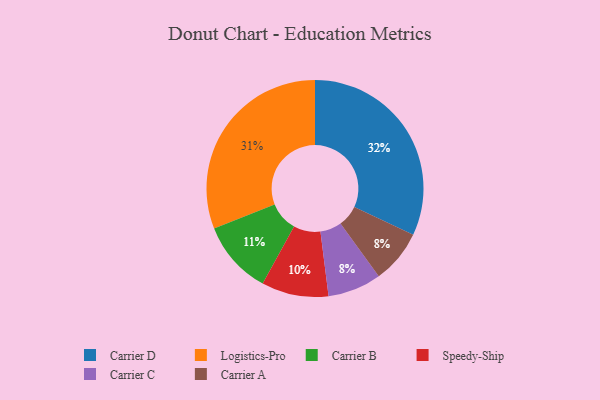
{"axis": {"x": "Category", "y": "Percentage"}, "legend": ["Carrier A", "Carrier B", "Carrier C", "Carrier D", "Logistics-Pro", "Speedy-Ship"], "data": [{"x": "Carrier D", "y": 32, "type": "Carrier D"}, {"x": "Carrier C", "y": 8, "type": "Carrier C"}, {"x": "Logistics-Pro", "y": 31, "type": "Logistics-Pro"}, {"x": "Speedy-Ship", "y": 10, "type": "Speedy-Ship"}, {"x": "Carrier A", "y": 8, "type": "Carrier A"}, {"x": "Carrier B", "y": 11, "type": "Carrier B"}]}